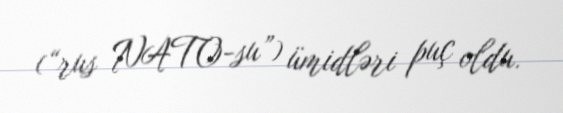
(“rus NATO-su”) ümidləri puç oldu.